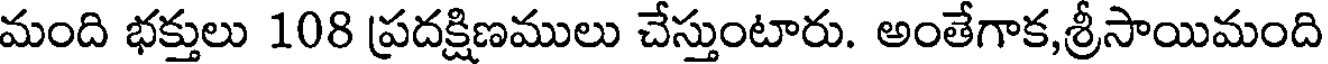
మంది భక్తులు 108 ప్రదక్షిణములు చేస్తుంటారు. అంతేగాక,శ్రీసాయిమంది